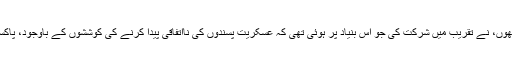
مسلمانوں کی ایک بہت بڑی تعداد کے علاوہ، عیسائیوں، ہندوؤں اور سکھوں، نے تقریب میں شرکت کی جو اس بنیاد پر ہوئی تھی کہ عسکریت پسندوں کی نااتفاقی پیدا کرنے کی کوششوں کے باوجود، پاکستان کے متنوع معاشرے میں ایک بے مثال اتحاد اور اتصال موجود ہے۔